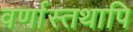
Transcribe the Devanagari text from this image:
वर्णास्तथापि